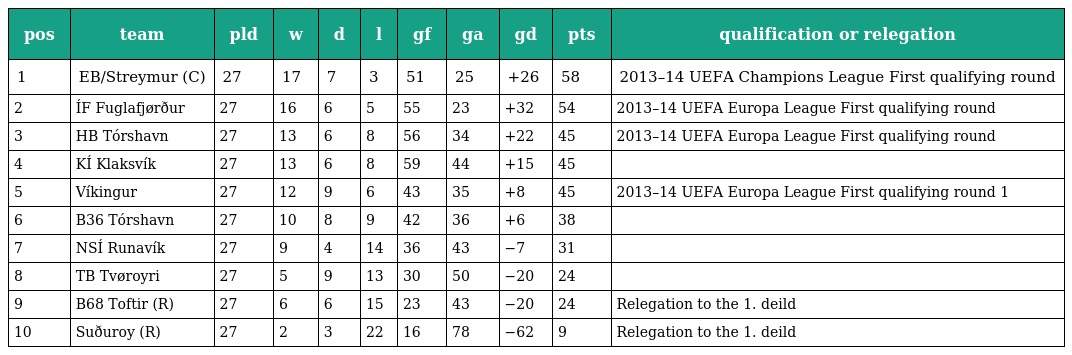
| pos | team | pld | w | d | l | gf | ga | gd | pts | qualification or relegation |
 | --- | --- | --- | --- | --- | --- | --- | --- | --- | --- | --- |
 | 1 | EB/Streymur (C) | 27 | 17 | 7 | 3 | 51 | 25 | +26 | 58 | 2013–14 UEFA Champions League First qualifying round |
 | 2 | ÍF Fuglafjørður | 27 | 16 | 6 | 5 | 55 | 23 | +32 | 54 | 2013–14 UEFA Europa League First qualifying round |
 | 3 | HB Tórshavn | 27 | 13 | 6 | 8 | 56 | 34 | +22 | 45 | 2013–14 UEFA Europa League First qualifying round |
 | 4 | KÍ Klaksvík | 27 | 13 | 6 | 8 | 59 | 44 | +15 | 45 |  |
 | 5 | Víkingur | 27 | 12 | 9 | 6 | 43 | 35 | +8 | 45 | 2013–14 UEFA Europa League First qualifying round 1 |
 | 6 | B36 Tórshavn | 27 | 10 | 8 | 9 | 42 | 36 | +6 | 38 |  |
 | 7 | NSÍ Runavík | 27 | 9 | 4 | 14 | 36 | 43 | −7 | 31 |  |
 | 8 | TB Tvøroyri | 27 | 5 | 9 | 13 | 30 | 50 | −20 | 24 |  |
 | 9 | B68 Toftir (R) | 27 | 6 | 6 | 15 | 23 | 43 | −20 | 24 | Relegation to the 1. deild |
 | 10 | Suðuroy (R) | 27 | 2 | 3 | 22 | 16 | 78 | −62 | 9 | Relegation to the 1. deild |